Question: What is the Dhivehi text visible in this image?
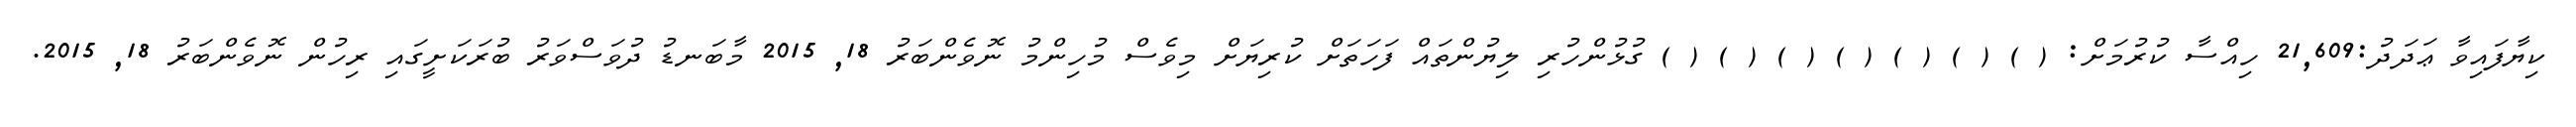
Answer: ކިޔާފައިވާ ޢަދަދު:21,609 ހިއްސާ ކުރުމަށް: ( ) ( ) ( ) ( ) ( ) ( ) ( ) ގުޅުންހުރި ލިޔުންތައް ފަހަތަށް ކުރިޔަށް މިވެސް މުހިންމު ނޮވެންބަރު 18, 2015 މާބަނޑު ދުވަސްވަރު ބުރަކަށީގައި ރިހުން ނޮވެންބަރު 18, 2015.